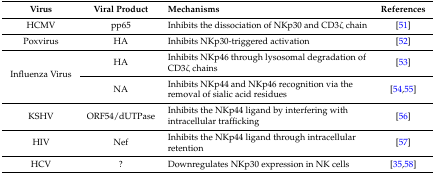
<table><thead><tr><td><b>Virus</b></td><td><b>Viral Product</b></td><td><b>Mechanisms</b></td><td><b>References</b></td></tr></thead><tbody><tr><td>HCMV</td><td>pp65</td><td>Inhibits the dissociation of NKp30 and CD3ζ chain</td><td>[51]</td></tr><tr><td>Poxvirus</td><td>HA</td><td>Inhibits NKp30-triggered activation</td><td>[52]</td></tr><tr><td rowspan="2">Influenza Virus</td><td>HA</td><td>Inhibits NKp46 through lysosomal degradation of CD3ζ chains</td><td>[53]</td></tr><tr><td>NA</td><td>Inhibits NKp44 and NKp46 recognition via the removal of sialic acid residues</td><td>[54,55]</td></tr><tr><td>KSHV</td><td>ORF54/dUTPase</td><td>Inhibits the NKp44 ligand by interfering with intracellular trafficking</td><td>[56]</td></tr><tr><td>HIV</td><td>Nef</td><td>Inhibits the NKp44 ligand through intracellular retention</td><td>[57]</td></tr><tr><td>HCV</td><td>?</td><td>Downregulates NKp30 expression in NK cells</td><td>[35,58]</td></tr></tbody></table>